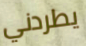
يطردني